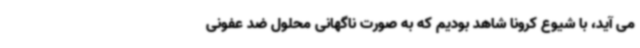
می آید، با شیوع کرونا شاهد بودیم که به صورت ناگهانی محلول ضد عفونی